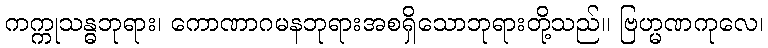
ကက္ကုသန္ဓဘုရား၊ ကောဏာဂမနဘုရားအစရှိသောဘုရားတို့သည်။ ဗြဟ္မဏကုလေ၊